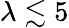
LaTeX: \lambda\lesssim 5